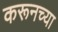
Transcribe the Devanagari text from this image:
करूनच्या